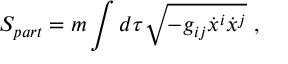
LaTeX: S _ { p a r t } = m \int d \tau \sqrt { - g _ { i j } \dot { x } ^ { i } \dot { x } ^ { j } } ~ ,